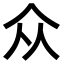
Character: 众